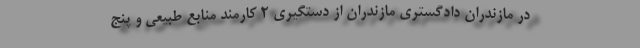
در مازندران دادگستری مازندران از دستگیری ۲ کارمند منابع طبیعی و پنج